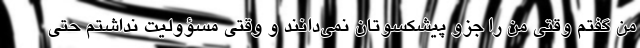
من گفتم وقتی من را جزو پیشکسوتان نمی‌دانند و وقتی مسؤولیت نداشتم حتی